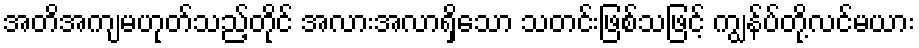
အတိအကျမဟုတ်သည့်တိုင် အလားအလာရှိသော သတင်းဖြစ်သဖြင့် ကျွန်ပ်တို့လင်မယား